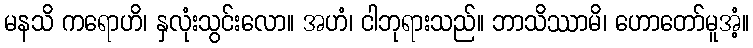
မနသိ ကရောဟိ၊ နှလုံးသွင်းလော။ အဟံ၊ ငါဘုရားသည်။ ဘာသိဿာမိ၊ ဟောတော်မူအံ့။